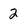
Character: 2